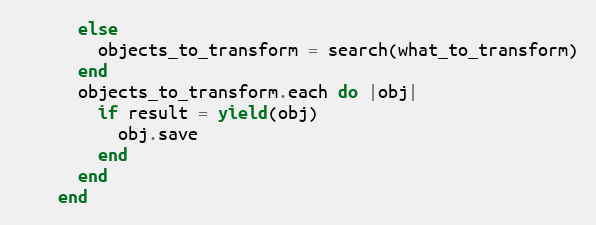
Language: Ruby
      else
        objects_to_transform = search(what_to_transform)
      end
      objects_to_transform.each do |obj|
        if result = yield(obj)
          obj.save
        end
      end
    end